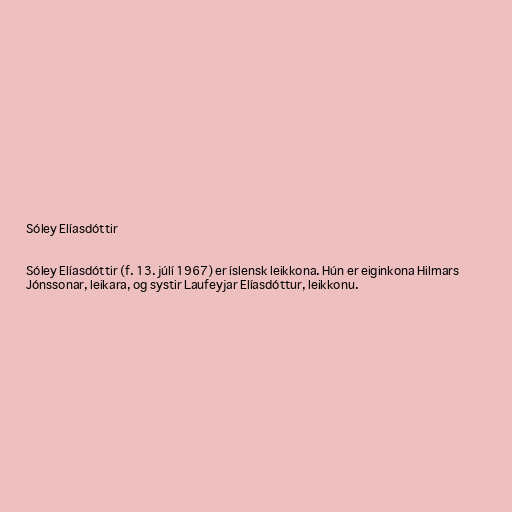
Sóley Elíasdóttir

Sóley Elíasdóttir (f. 13. júlí 1967) er íslensk leikkona. Hún er eiginkona Hilmars
Jónssonar, leikara, og systir Laufeyjar Elíasdóttur, leikkonu.